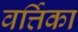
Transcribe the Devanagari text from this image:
वर्त्तिका